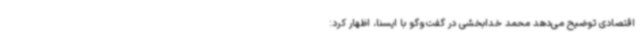
اقتصادی توضیح می‌دهد محمد خدابخشی در گفت‌وگو با ایسنا، اظهار کرد: